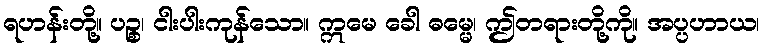
ရဟန်းတို့။ ပဉ္စ၊ ငါးပါးကုန်သော။ ဣမေ ခေါ ဓမ္မေ၊ ဤတရားတို့ကို။ အပ္ပဟာယ၊